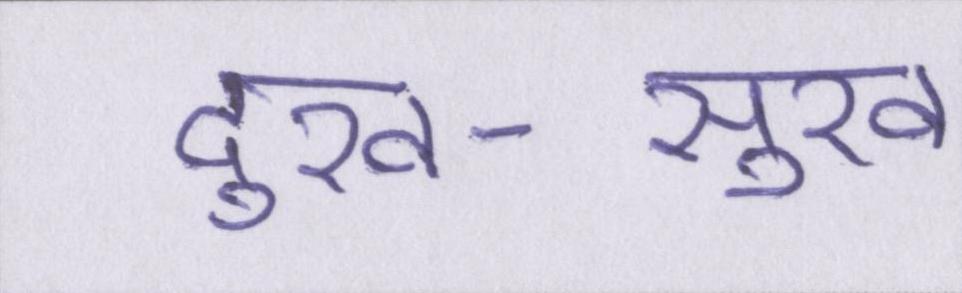
दुख-सुख